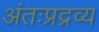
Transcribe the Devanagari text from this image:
अंतःप्रद्रव्य